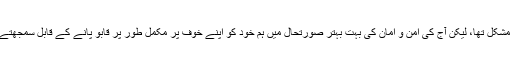
بہت مشکل تھا، لیکن آج کی امن و امان کی بہت بہتر صورتحال میں ہم خود کو اپنے خوف پر مکمل طور پر قابو پانے کے قابل سمجھتے ہیں۔